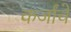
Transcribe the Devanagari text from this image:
कर्जांचे